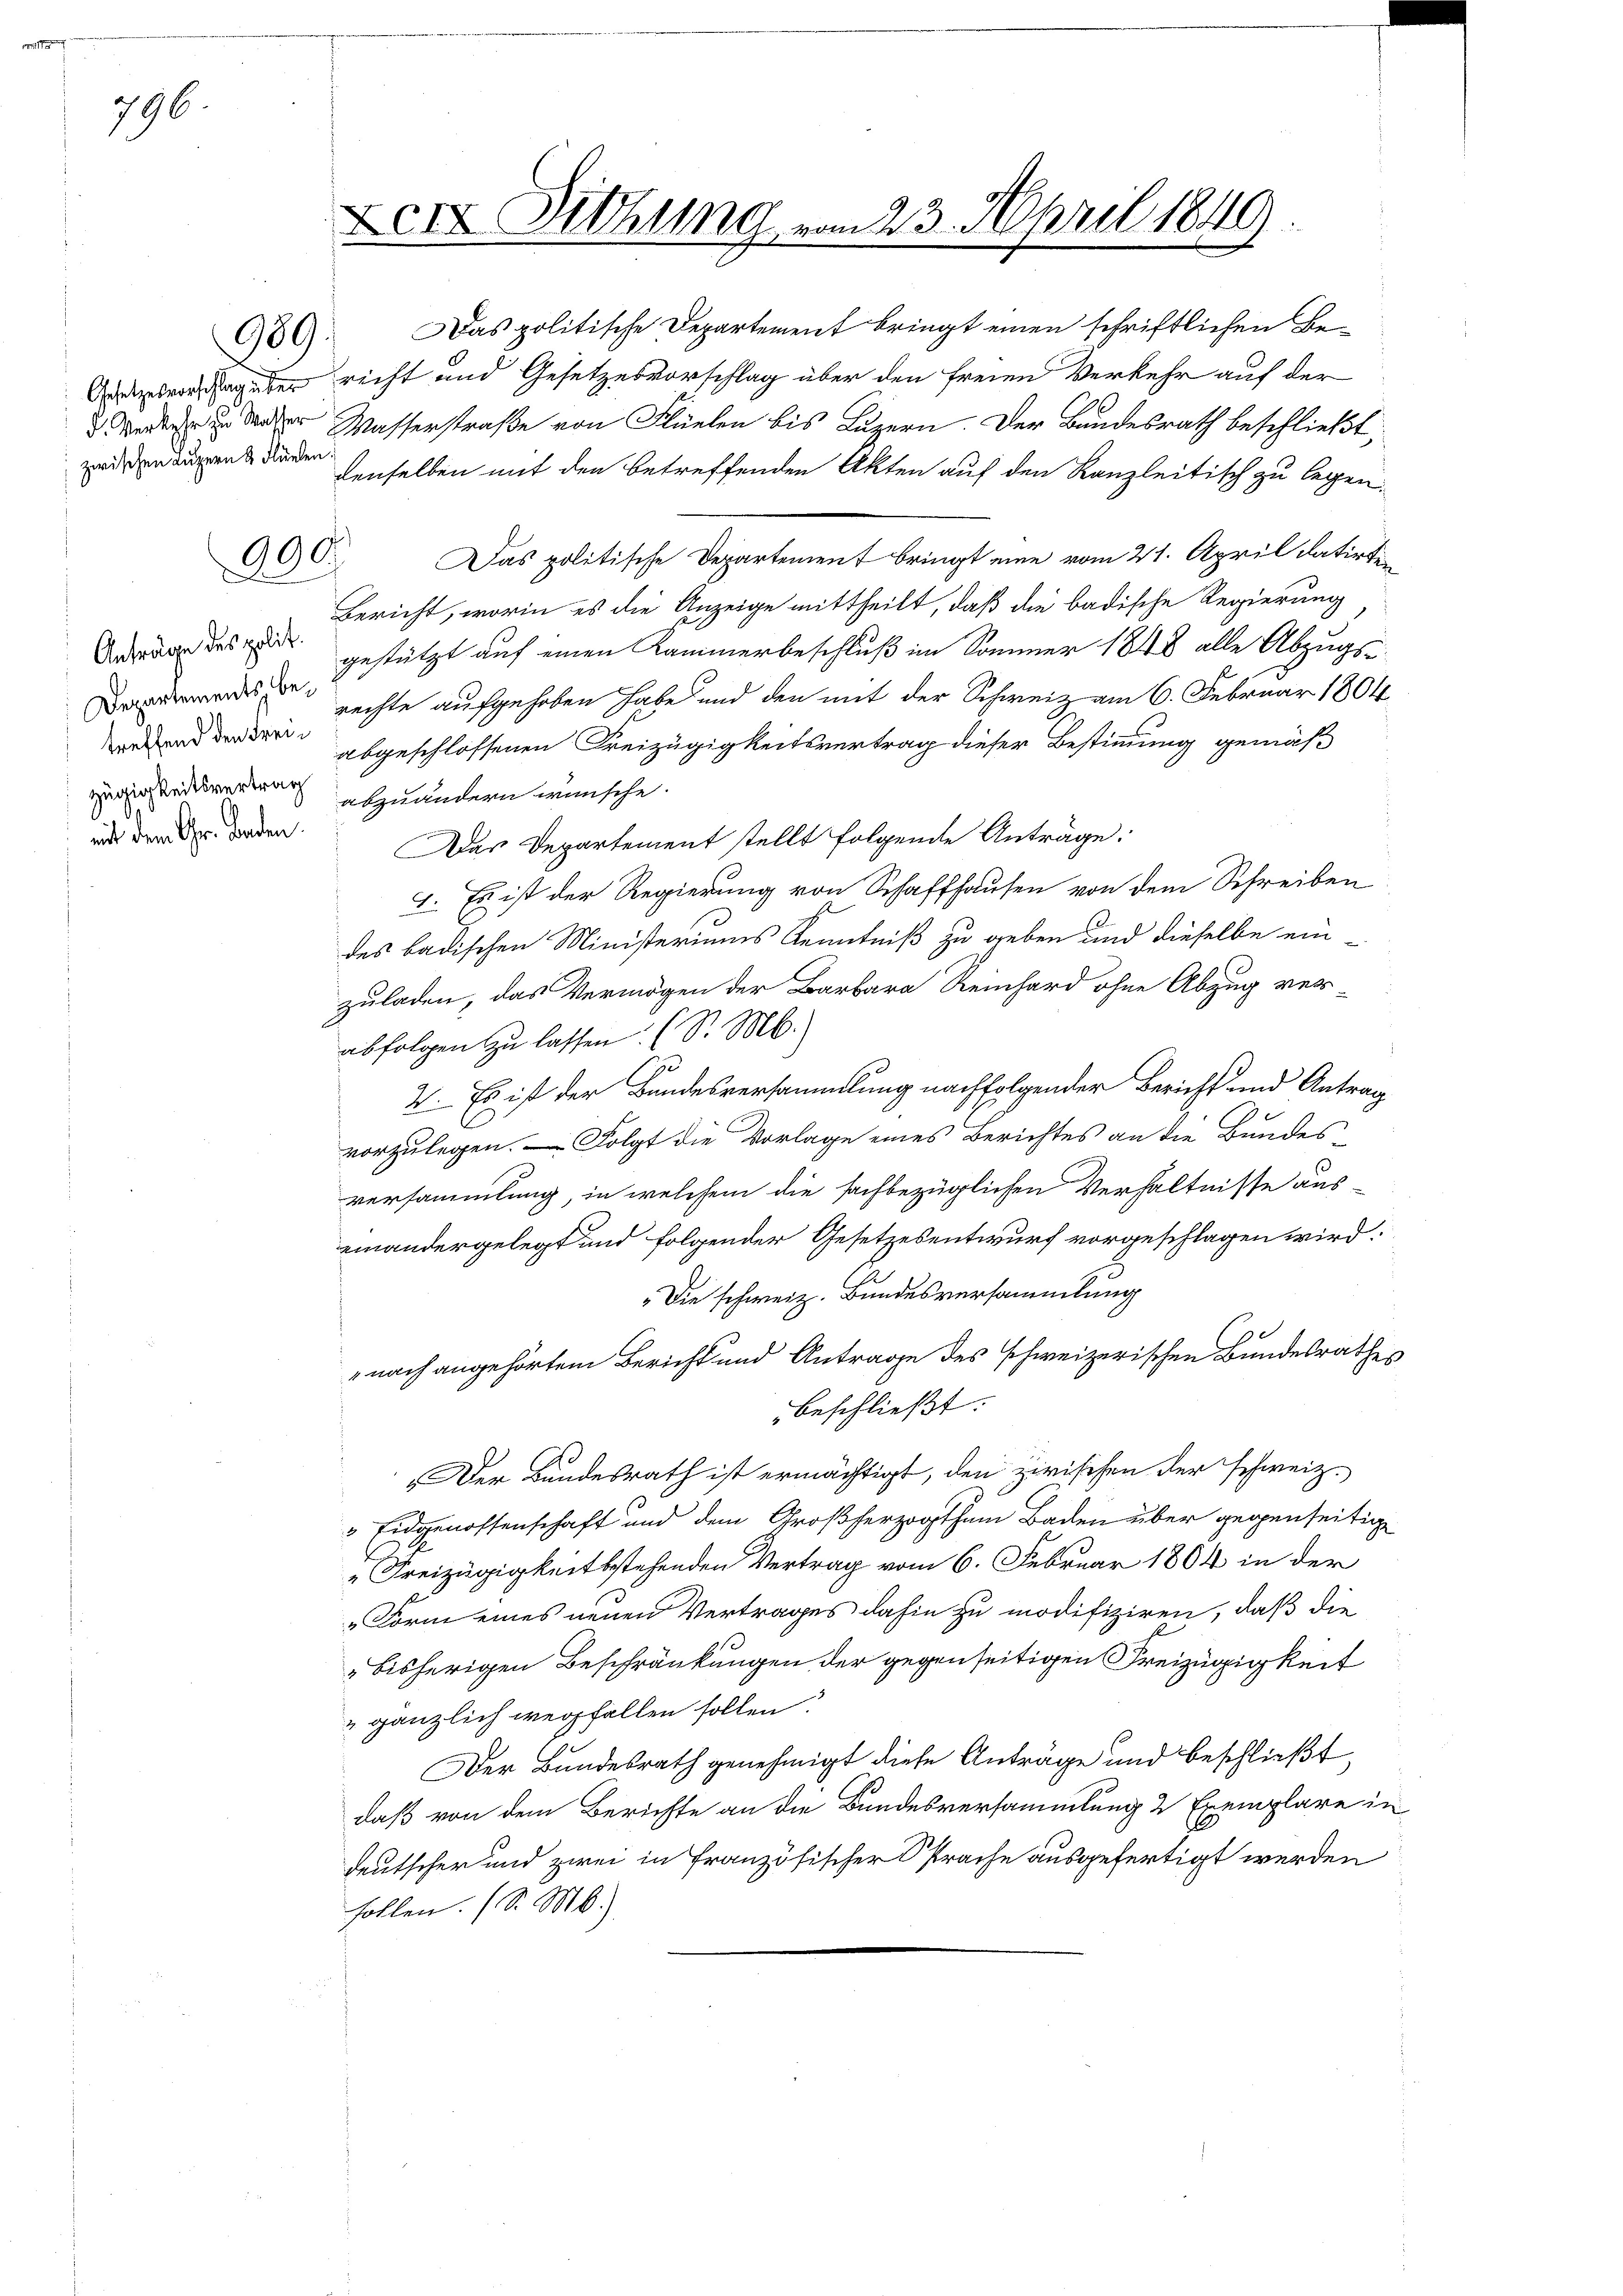
796.

Anträge des polit.
zügigkeitsvertrag
mit dem Gr. Baden.

989.

990.

Das politische Departement bringt einen schriftlichen Beag der richt und Gesetzesvorschlag über den freien Verkehr auf der
  Weger Wasserstraße von Flüelen bis Luzern. Der Bundesrath beschließt:
nuent die der denselben mit den betreffenden Akten auf den Kanzleitisch zu legen.
Das politische Departement bringt eine vom 21. April datirt
Bericht, worin es die Anzeige mittheilt, daß die badische Regierung
gestützt auf einen Kammerbeschluß im Sommer 1848 alle Abzugsd rechte aufgehoben habe und den mit der Schweiz am 6. Februar 1804
d abgeschlossenen Freizügigkeitsvertrag dieser Bestimmung gemäß
abzuändern wünsche.
Das Departement stellt folgende Anträge:
4. Es ist der Regierung von Schaffhausen von dem Schreiben
des badischen Ministeriums Kenntniß zu geben und dieselbe ein
zuladen, das Vermögen der Barbara Reinhard ohne Abzug ver-
abfolgen zu lassen (S. M.)
2. Es ist der Bundesversammlung nachfolgender Bericht und Antrag
vorzulegen. — Folgt die Vorlage eines Berichtes an die Bundes
versammlung, in welchem die sachbezüglichen Verhältnisse auseinandergelegt und folgender Gesetzesentwurf vorgeschlagen wird.
" Die schweiz. Bundesversammlung
nach angehörtem Bericht und Antrage des schweizerischen Bundesrathes
beschließt:
„Der Bundesrath ist ermächtigt, den zwischen der schweiz.
 Eidgenossenschaft und dem Großherzogthum Baden über gegenseitige
"Freizügigkeitsstehenden Vertrag vom 6. Februar 1804 in der
„Form eines neuen Vertrages dahin zu modifiziren, daß die
bisherigen Beschränkungen der gegenseitigen Freizügigkeit
 gänzlich wegfallen sollen:
Der Bundesrath genehmigt diese Anträge und beschließt,
daß von dem Berichte an die Bundesversammlung 2 Exemplare in
deutscher und zwei in französischer Sprache ausgefertigt werden
sollen. (S. M.)

Den Hebung vom 23. April 1849.